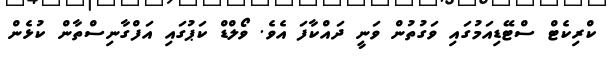
ކްރިކެޓް ސްޓޭޑިއަމުގައި ވަގުތުން ވަނީ ދައްކާފަ އެވެ. ވޯލްޑް ކަޕުގައި އަފްގާނިސްތާން ކުޅެން